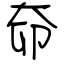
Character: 奅